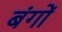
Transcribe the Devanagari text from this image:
बंगों